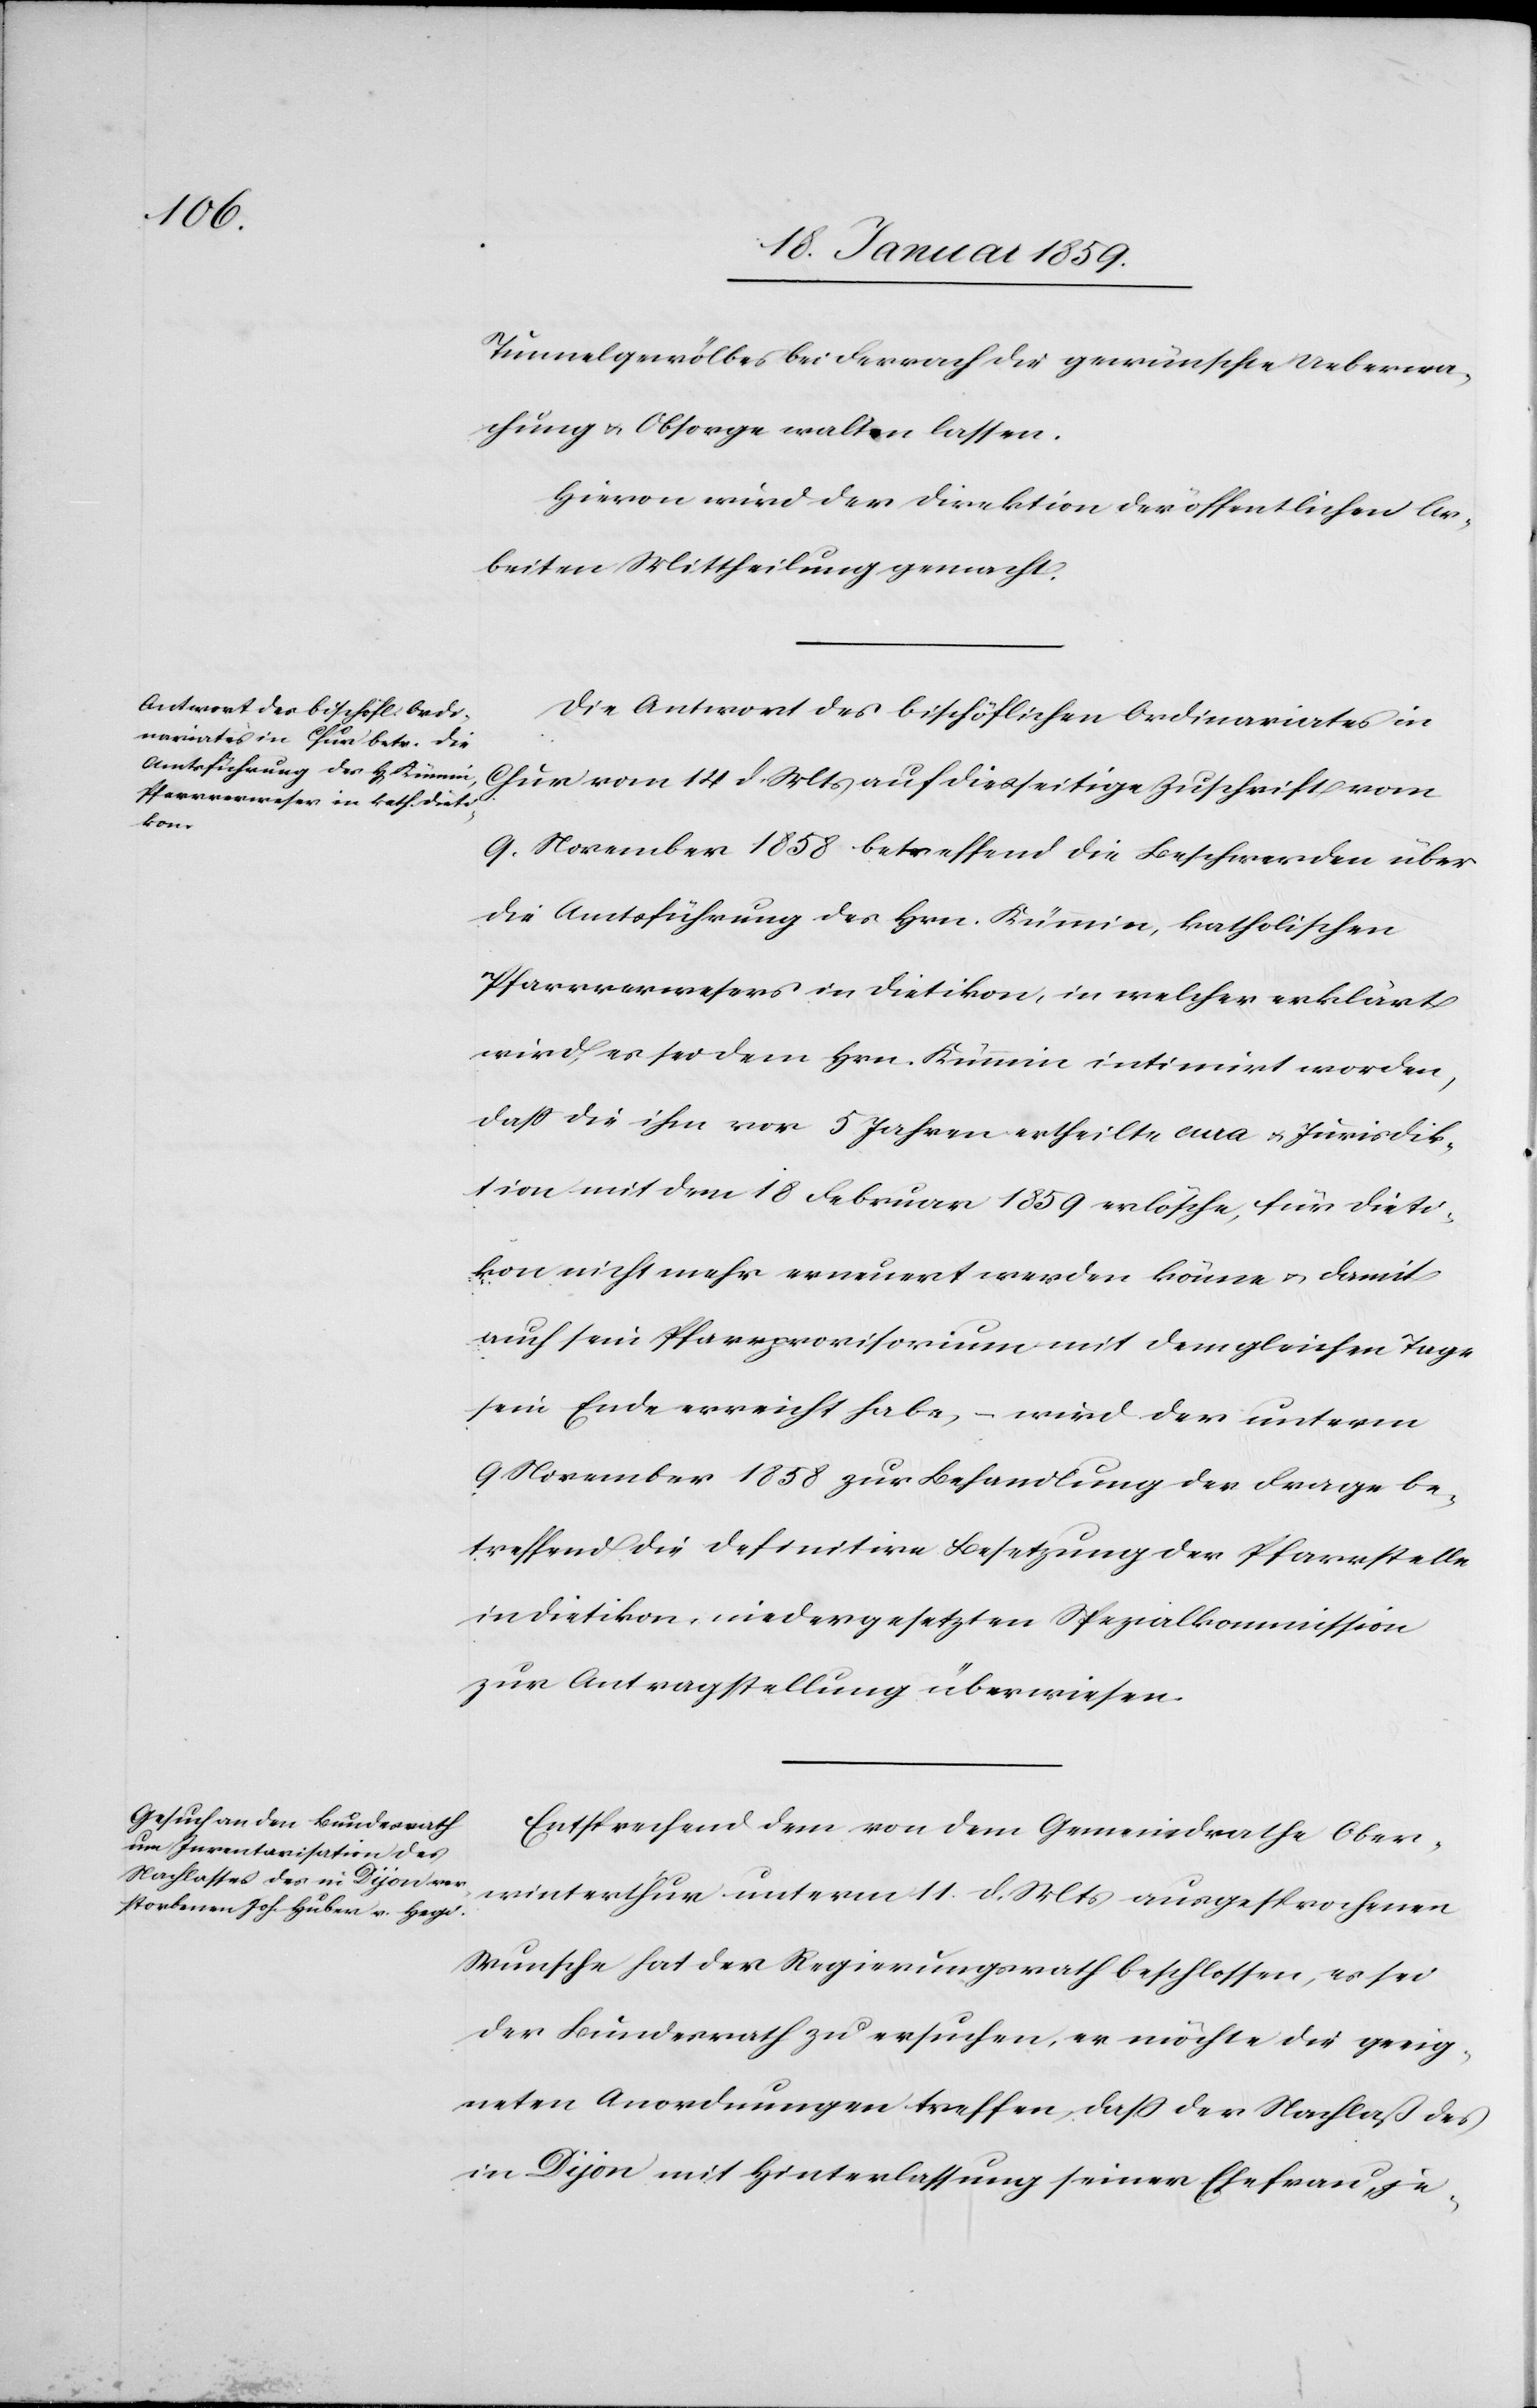
Tunnelgewölbes bei Ferrach die gewünschte Ueberwa¬
chung u. Obsorge walten lassen.
Hievon wird der Direktion der öffentlichen Ar¬
beiten Mittheilung gemacht.
Die Antwort des bischöflichen Ordinariates in
Chur vom 14 d. Mts auf diesseitige Zuschrift vom
9. November 1858 betreffend die Beschwerden über
die Amtsführung des Hrn. Kümmin, katholischen
Pfarrverwesers in Dietikon, in welcher erklärt
wird, es sei dem Hrn. Kümmin intimirt worden,
daß die ihm vor 5 Jahren ertheilte cura u. Jurisdik¬
tion mit dem 18 Februar 1859 erlösche, für Dieti¬
kon nicht mehr erneuert werden könne u. damit
auch sein Pfarrprovisorium mit dem gleichen Tage
sein Ende erreicht habe,
wird der unterm
9 November 1858 zur Behandlung der Frage be¬
treffend die definitive Besetzung der Pfarrstelle
in Dietikon, niedergesetzten Spezialkommission
zur Antragstellung überwiesen.
Entsprechend dem von dem Gemeinderath Ober¬
winterthur unterm 11 d. Mts ausgesprochenen
Wunsche hat der Regierungsrath beschlossen, es sei
der Bundesrath zu ersuchen, er möchte die geeig¬
neten Anordnungen treffen, daß der Nachlaß des
in Dijon mit Hinterlassung seiner Ehefrau, je-